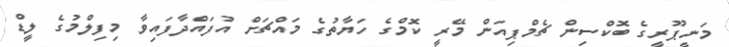
މަނީޕޫރީގެ ބޮކްސިން ޗެމްޕިއަން މޭރީ ކޮމްގެ ހަޔާތުގެ މައްޗަށް އުފައްދާފައިވާ މިފިލްމުގެ ލީޑް